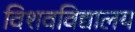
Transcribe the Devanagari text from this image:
विशवविद्यालय